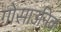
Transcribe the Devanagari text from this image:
गोसाउनिक